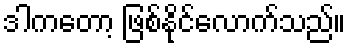
ဒါကတော့ ဖြစ်နိုင်လောက်သည်။